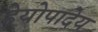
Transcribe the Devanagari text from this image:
हेयोपादेय